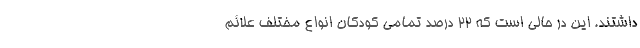
داشتند. این در حالی است که ۲۲ درصد تمامی کودکان انواع مختلف علائم